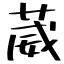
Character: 葳